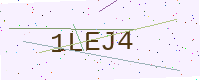
Text: 1LEJ4